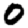
Digit: 0